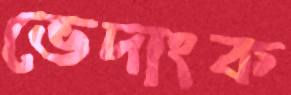
ভেদাংক